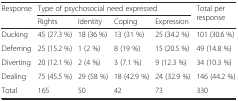
<table><thead><tr><td><b>Response</b></td><td colspan="4"><b>Type of psychosocial need expressed</b></td><td rowspan="2"><b>Total per response</b></td></tr><tr><td></td><td><b>Rights</b></td><td><b>Identity</b></td><td><b>Coping</b></td><td><b>Expression</b></td></tr></thead><tbody><tr><td>Ducking</td><td>45 (27.3 %)</td><td>18 (36 %)</td><td>13 (31 %)</td><td>25 (34.2 %)</td><td>101 (30.6 %)</td></tr><tr><td>Deferring</td><td>25 (15.2 %)</td><td>1 (2 %)</td><td>8 (19 %)</td><td>15 (20.5 %)</td><td>49 (14.8 %)</td></tr><tr><td>Diverting</td><td>20 (12.1 %)</td><td>2 (4 %)</td><td>3 (7.1 %)</td><td>9 (12.3 %)</td><td>34 (10.3 %)</td></tr><tr><td>Dealing</td><td>75 (45.5 %)</td><td>29 (58 %)</td><td>18 (42.9 %)</td><td>24 (32.9 %)</td><td>146 (44.2 %)</td></tr><tr><td>Total</td><td>165</td><td>50</td><td>42</td><td>73</td><td>330</td></tr></tbody></table>